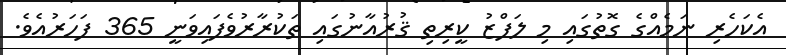
އެކަހެރި ނަމެއްގެ ގޮތުގައި މި ލަފްޒު ކީރިތި ޤުރުއާނުގައި ތަކުރާރުވެފައިވަނީ 365 ފަހަރުއެވެ.